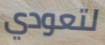
لتعودي